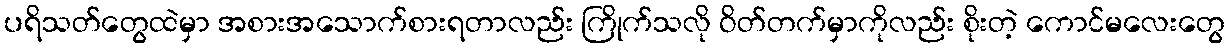
ပရိသတ်တွေထဲမှာ အစားအသောက်စားရတာလည်း ကြိုက်သလို ဝိတ်တက်မှာကိုလည်း စိုးတဲ့ ကောင်မလေးတွေ